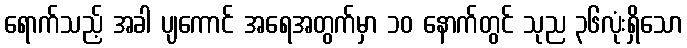
ရောက်သည့် အခါ ပျကောင် အရေအတွက်မှာ ၁၀ နောက်တွင် သုည ၃၆လုံးရှိသော